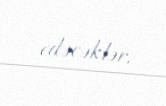
edəcəklər.